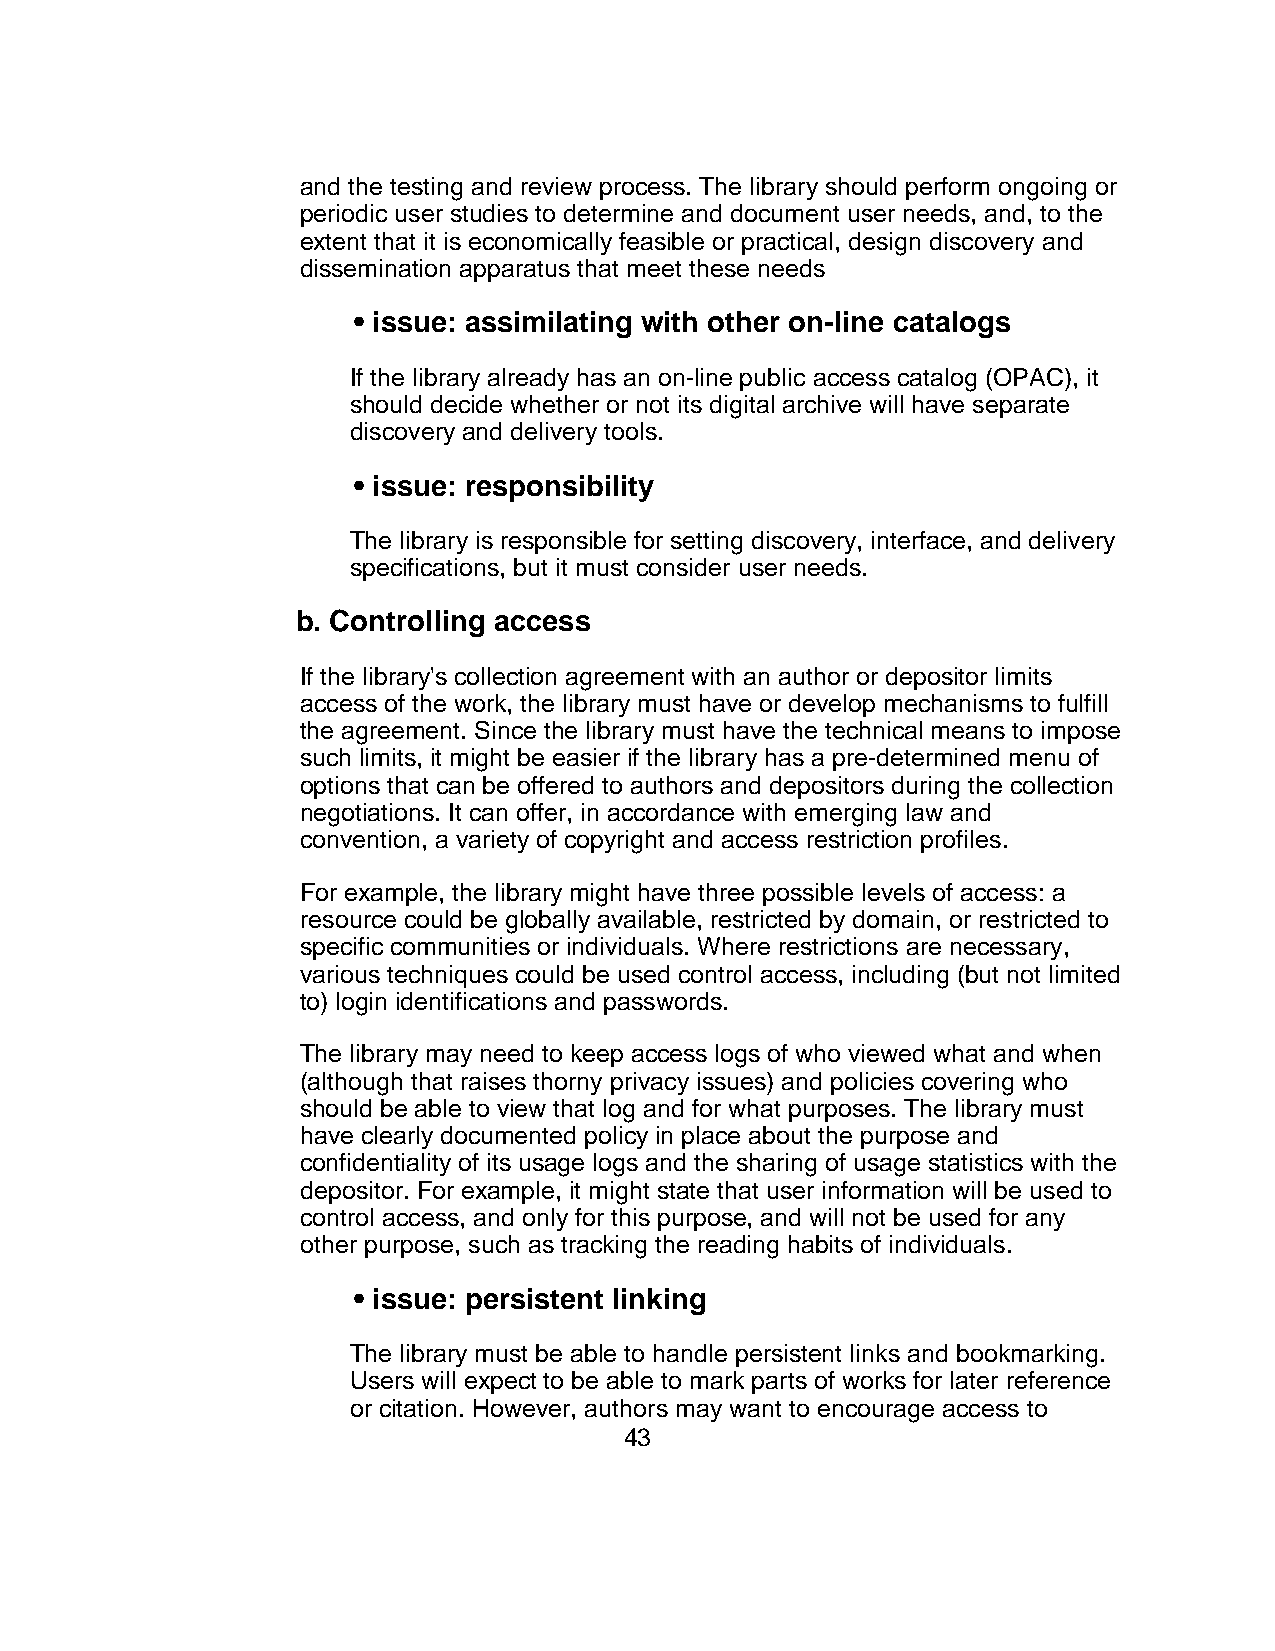
and the testing and review process. The library should perform ongoing or
 periodic user studies to determine and document user needs, and, to the
 extent that it is economically feasible or practical, design discovery and
 dissemination apparatus that meet these needs
 • issue: assimilating with other on-line catalogs
 If the library already has an on-line public access catalog (OPAC), it
 should decide whether or not its digital archive will have separate
 discovery and delivery tools.
 • issue: responsibility
 The library is responsible for setting discovery, interface, and delivery
 specifications, but it must consider user needs.
 b. Controlling access
 If the library's collection agreement with an author or depositor limits
 access of the work, the library must have or develop mechanisms to fulfill
 the agreement. Since the library must have the technical means to impose
 such limits, it might be easier if the library has a pre-determined menu of
 options that can be offered to authors and depositors during the collection
 negotiations. It can offer, in accordance with emerging law and
 convention, a variety of copyright and access restriction profiles.
 For example, the library might have three possible levels of access: a
 resource could be globally available, restricted by domain, or restricted to
 specific communities or individuals. Where restrictions are necessary,
 various techniques could be used control access, including (but not limited
 to) login identifications and passwords.
 The library may need to keep access logs of who viewed what and when
 (although that raises thorny privacy issues) and policies covering who
 should be able to view that log and for what purposes. The library must
 have clearly documented policy in place about the purpose and
 confidentiality of its usage logs and the sharing of usage statistics with the
 depositor. For example, it might state that user information will be used to
 control access, and only for this purpose, and will not be used for any
 other purpose, such as tracking the reading habits of individuals.
 • issue: persistent linking
 The library must be able to handle persistent links and bookmarking.
 Users will expect to be able to mark parts of works for later reference
 or citation. However, authors may want to encourage access to
 43